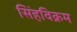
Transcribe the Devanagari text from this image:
सिंहविक्रम